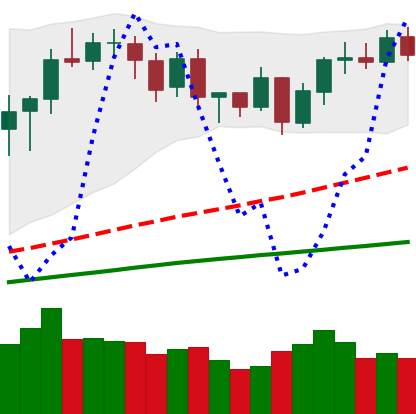
Ticker: BNB-USD
Chart end date: 2020-08-31
Forward return: -16.015%
Label: down_7plus